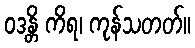
ဝဒန္တိ ကိရ၊ ကုန်သတတ်။